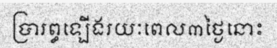
ប្រារព្ធឡើងរយៈពេល៣ថ្ងៃនោះ